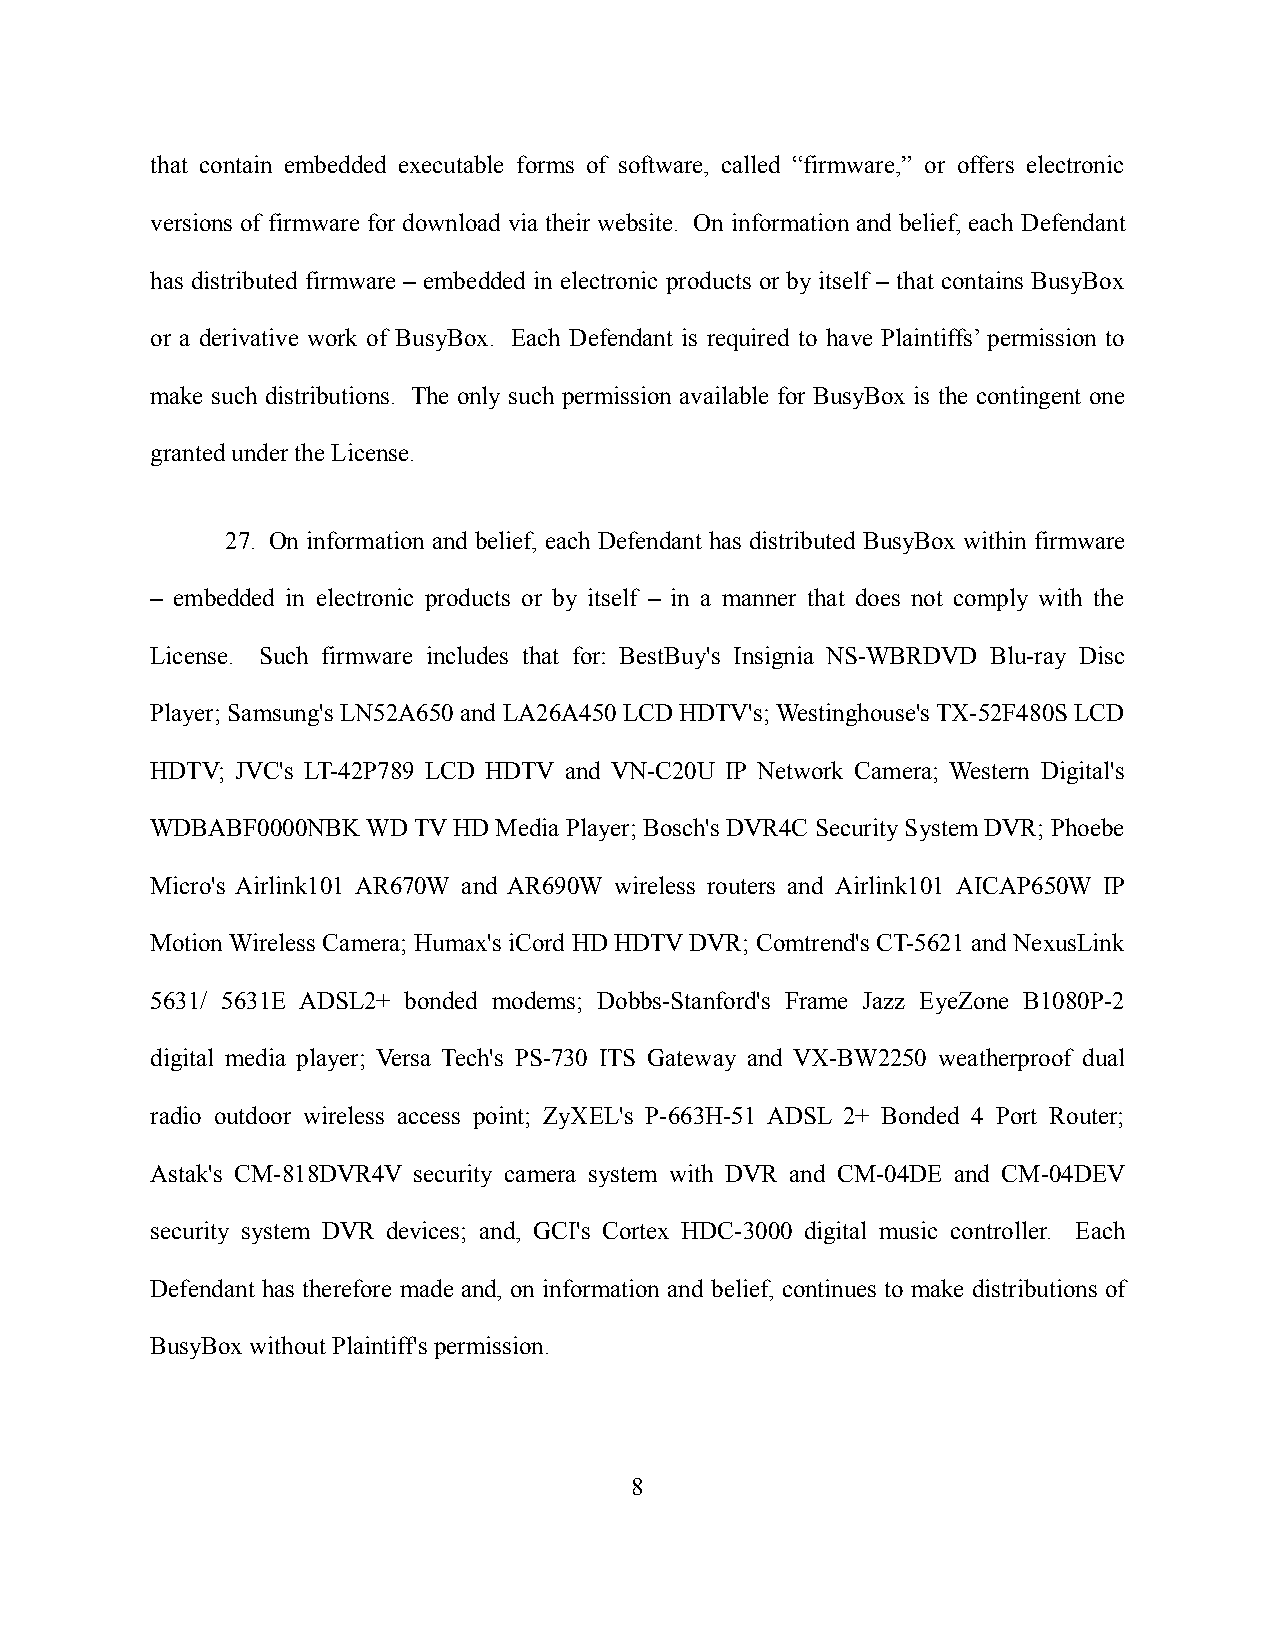
that contain embedded executable forms of software, called “firmware,” or offers electronic
 versions of firmware for download via their website. On information and belief, each Defendant
 has distributed firmware – embedded in electronic products or by itself – that contains BusyBox
 or a derivative work of BusyBox. Each Defendant is required to have Plaintiffs’ permission to
 make such distributions. The only such permission available for BusyBox is the contingent one
 granted under the License.
 27. On information and belief, each Defendant has distributed BusyBox within firmware
 – embedded in electronic products or by itself – in a manner that does not comply with the
 License. Such firmware includes that for: BestBuy's Insignia NS-WBRDVD Blu-ray Disc
 Player; Samsung's LN52A650 and LA26A450 LCD HDTV's; Westinghouse's TX-52F480S LCD
 HDTV; JVC's LT-42P789 LCD HDTV and VN-C20U IP Network Camera; Western Digital's
 WDBABF0000NBK WD TV HD Media Player; Bosch's DVR4C Security System DVR; Phoebe
 Micro's Airlink101 AR670W and AR690W wireless routers and Airlink101 AICAP650W IP
 Motion Wireless Camera; Humax's iCord HD HDTV DVR; Comtrend's CT-5621 and NexusLink
 5631/ 5631E ADSL2+ bonded modems; Dobbs-Stanford's Frame Jazz EyeZone B1080P-2
 digital media player; Versa Tech's PS-730 ITS Gateway and VX-BW2250 weatherproof dual
 radio outdoor wireless access point; ZyXEL's P-663H-51 ADSL 2+ Bonded 4 Port Router;
 Astak's CM-818DVR4V security camera system with DVR and CM-04DE and CM-04DEV
 security system DVR devices; and, GCI's Cortex HDC-3000 digital music controller. Each
 Defendant has therefore made and, on information and belief, continues to make distributions of
 BusyBox without Plaintiff's permission.
 8